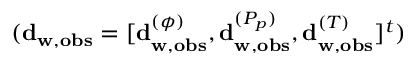
( \mathbf { d } _ { \mathbf { w } , \mathbf { o b s } } = [ \mathbf { d } _ { \mathbf { w } , \mathbf { o b s } } ^ { ( \phi ) } , \mathbf { d } _ { \mathbf { w } , \mathbf { o b s } } ^ { ( P _ { p } ) } , \mathbf { d } _ { \mathbf { w } , \mathbf { o b s } } ^ { ( T ) } ] ^ { t } )